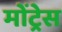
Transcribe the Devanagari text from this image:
मोंट्रेस